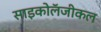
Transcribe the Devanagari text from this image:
साइकोलॅजीकल